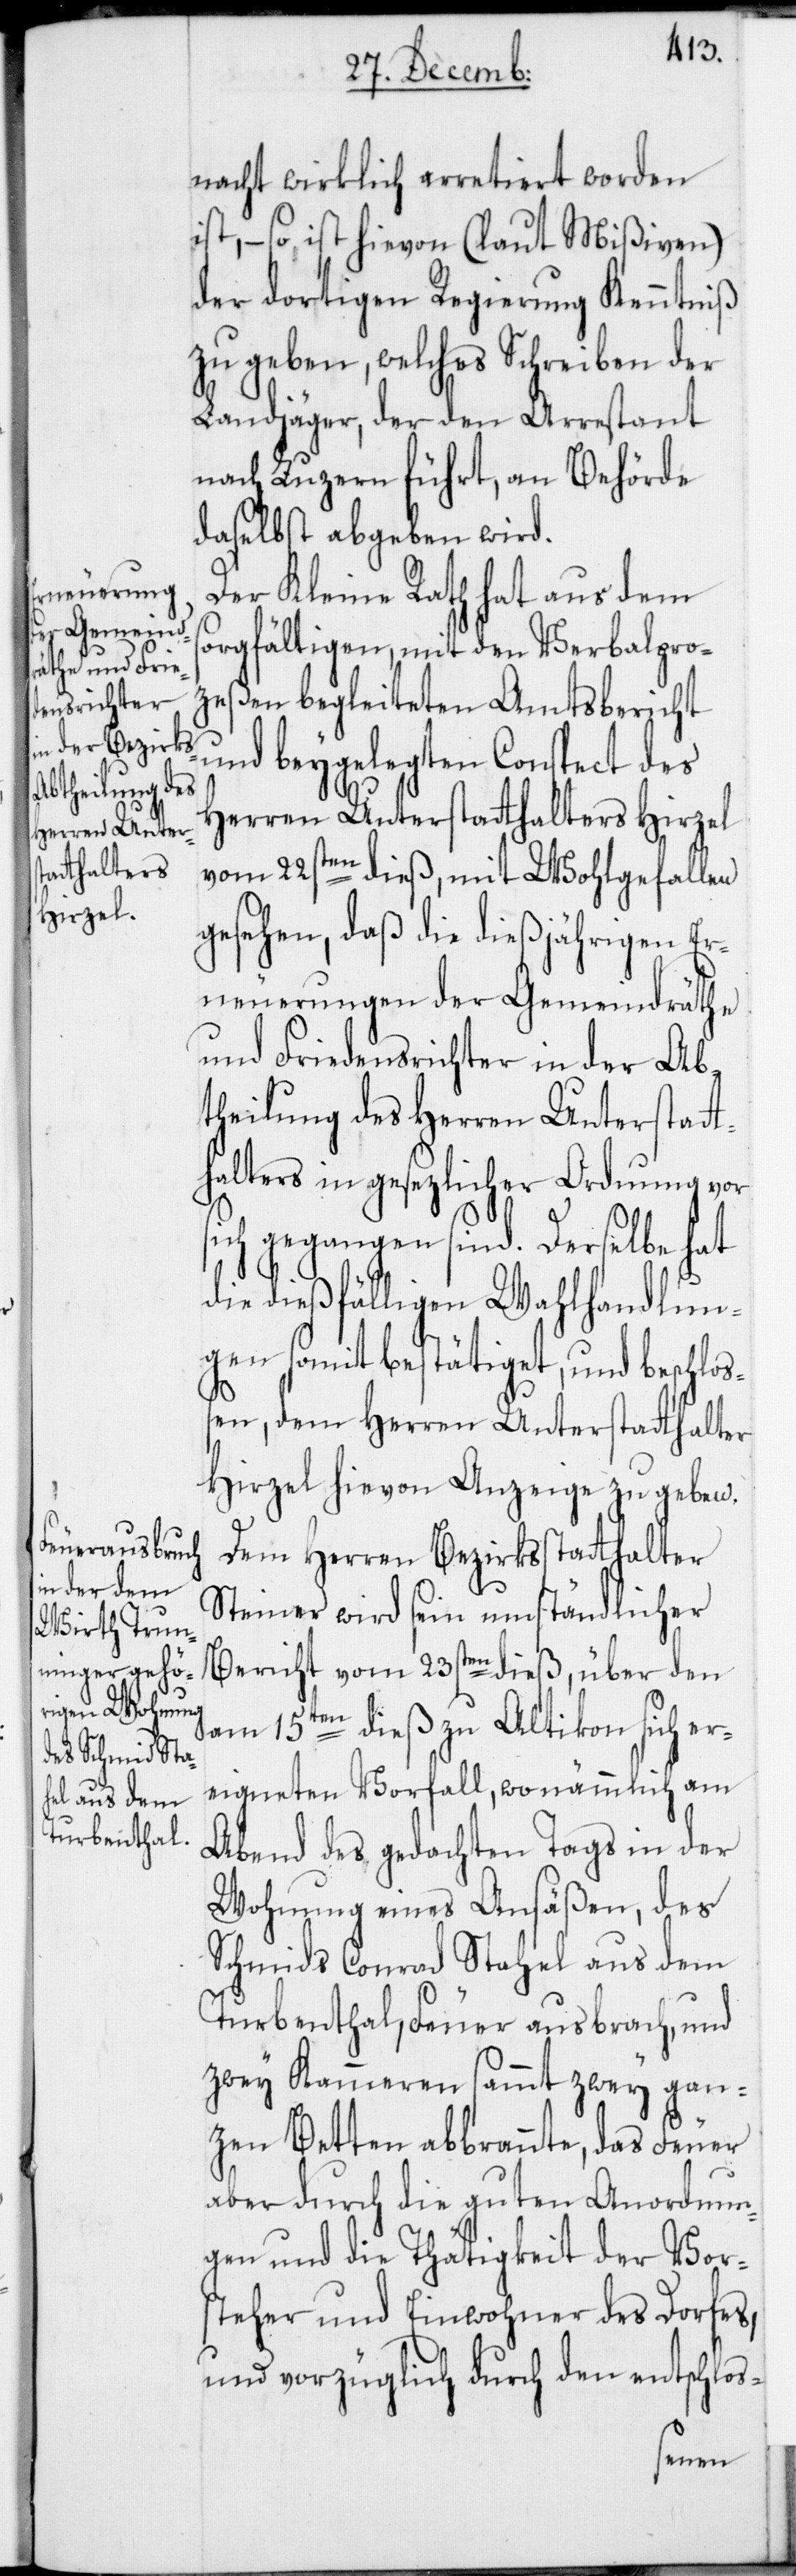
nacht wirklich arretiert worden
ist, – so ist hievon (laut Mißiven)
der dortigen Regierung Kenntniß
zu geben, welches Schreiben der
Landjäger, der den Arrestant
nach Luzern führt, an Behörde
daselbst abgeben wird.
Der Kleine Rath hat aus dem
sorgfältigen, mit den Verbalpro¬
zeßen begleiteten Amtsbericht
und beygelegten Conspect des
Herren Unterstatthalters Hirzel
vom 22sten dieß, mit Wohlgefallen
gesehen, daß die dießjährigen Er¬
neuerungen der Gemeindräthe
und Friedensrichter in der Ab¬
theilung des Herren Unterstatt¬
halters in gesezlicher Ordnung vor
sich gegangen sind. Derselbe hat
die dießfälligen Wahlhandlun¬
gen somit bestätiget, und beschloß¬
en, dem Herren Unterstatthalter
Hirzel hievon Anzeige zu geben.
Dem Herren Bezirksstatthalter
Steiner wird sein umständlicher
Bericht vom 23sten dieß, über den
am 15ten dieß zu Altikon sich er¬
eigneten Vorfall, wo nämmlich am
Abend des gedachten Tags in der
Wohnung eines Ansäßen, des
Schmids Conrad Stahel aus dem
Turbenthal, Feuer ausbrach, und
zwey Kammeren sammt zwey gan¬
zen Betten abbrannte, das Feuer
aber durch die guten Anordnun¬
gen und die Thätigkeit der Vor¬
steher und Einwohner des Dorfes,
und vorzüglich durch den entschlos-